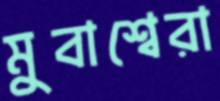
মুবাশ্বেরা